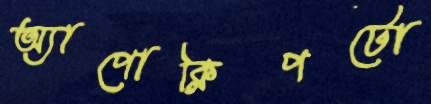
অ্যাপোক্লিপটো